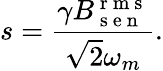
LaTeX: s=\frac{\gamma B_{\mathrm{~s~e~n~}}^{\mathrm{~r~m~s~}}}{\sqrt{2}\omega_{m}}.